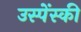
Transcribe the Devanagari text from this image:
उस्पेंस्की